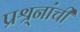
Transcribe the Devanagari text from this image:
प्रश्र्नांची